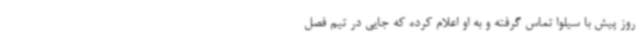
روز پیش با سیلوا تماس گرفته و به او اعلام کرده که جایی در تیم فصل